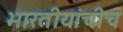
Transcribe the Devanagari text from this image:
भारतीयांचीच